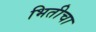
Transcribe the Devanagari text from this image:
भितीचा